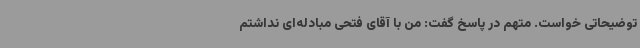
توضیحاتی خواست. متهم در پاسخ گفت: من با آقای فتحی مبادله‌ای نداشتم